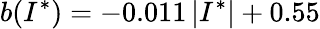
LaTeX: b(I^{*})=-0.011\, \lvert I^{*}\rvert+0.55